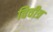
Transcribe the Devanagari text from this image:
विचीत्र